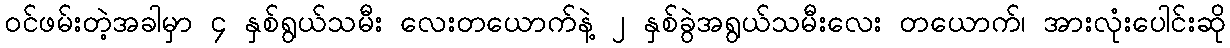
ဝင်ဖမ်းတဲ့အခါမှာ ၄ နှစ်ရွယ်သမီး လေးတယောက်နဲ့ ၂ နှစ်ခွဲအရွယ်သမီးလေး တယောက်၊ အားလုံးပေါင်းဆို